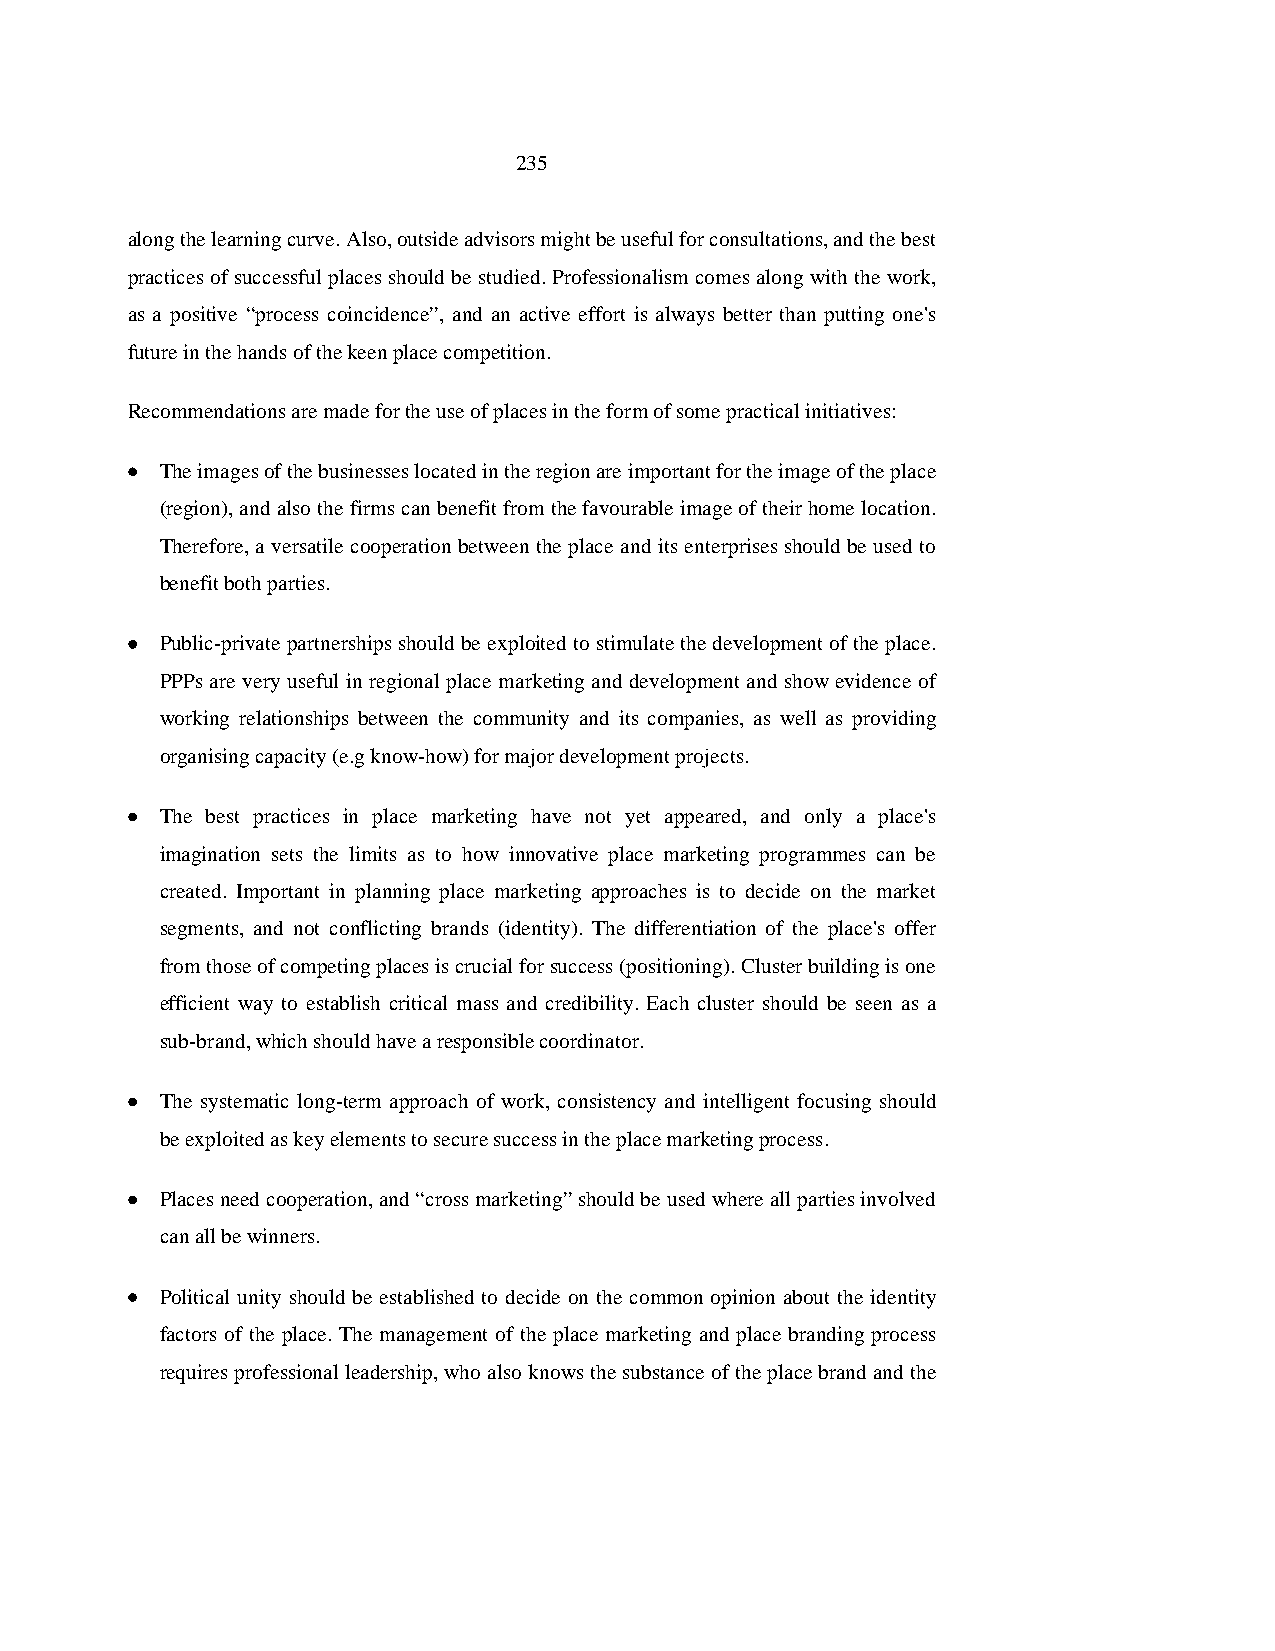
235
 along the learning curve. Also, outside advisors might be useful for consultations, and the best
 practices of successful places should be studied. Professionalism comes along with the work,
 as a positive “process coincidence”, and an active effort is always better than putting one's
 future in the hands of the keen place competition.
 Recommendations are made for the use of places in the form of some practical initiatives:
 •  The images of the businesses located in the region are important for the image of the place
 (region), and also the firms can benefit from the favourable image of their home location.
 Therefore, a versatile cooperation between the place and its enterprises should be used to
 benefit both parties.
 •  Public-private partnerships should be exploited to stimulate the development of the place.
 PPPs are very useful in regional place marketing and development and show evidence of
 working relationships between the community and its companies, as well as providing
 organising capacity (e.g know-how) for major development projects.
 •  The best practices in place marketing have not yet appeared, and only a place's
 imagination sets the limits as to how innovative place marketing programmes can be
 created. Important in planning place marketing approaches is to decide on the market
 segments, and not conflicting brands (identity). The differentiation of the place's offer
 from those of competing places is crucial for success (positioning). Cluster building is one
 efficient way to establish critical mass and credibility. Each cluster should be seen as a
 sub-brand, which should have a responsible coordinator.
 •  The systematic long-term approach of work, consistency and intelligent focusing should
 be exploited as key elements to secure success in the place marketing process.
 •  Places need cooperation, and “cross marketing” should be used where all parties involved
 can all be winners.
 •  Political unity should be established to decide on the common opinion about the identity
 factors of the place. The management of the place marketing and place branding process
 requires professional leadership, who also knows the substance of the place brand and the